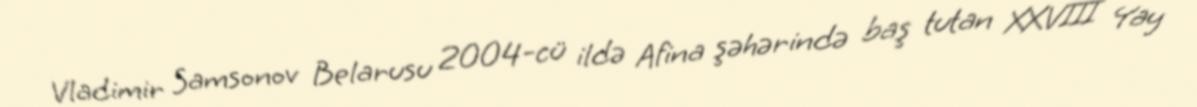
Vladimir Samsonov Belarusu 2004-cü ildə Afina şəhərində baş tutan XXVIII Yay